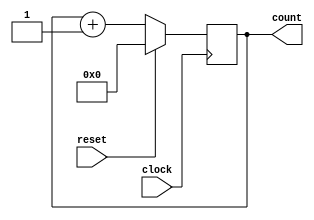
module uut_always01(clock,
		reset, count);

input clock, reset;
output [3:0] count;
reg [3:0] count;

always @(posedge clock)
	count <= reset ?
		0 : count + 1;



endmodule